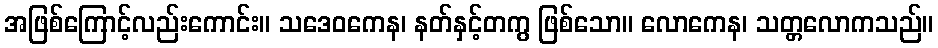
အဖြစ်ကြောင့်လည်းကောင်း။ သဒေဝကေန၊ နတ်နှင့်တကွ ဖြစ်သော။ လောကေန၊ သတ္တလောကသည်။